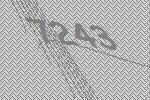
7243